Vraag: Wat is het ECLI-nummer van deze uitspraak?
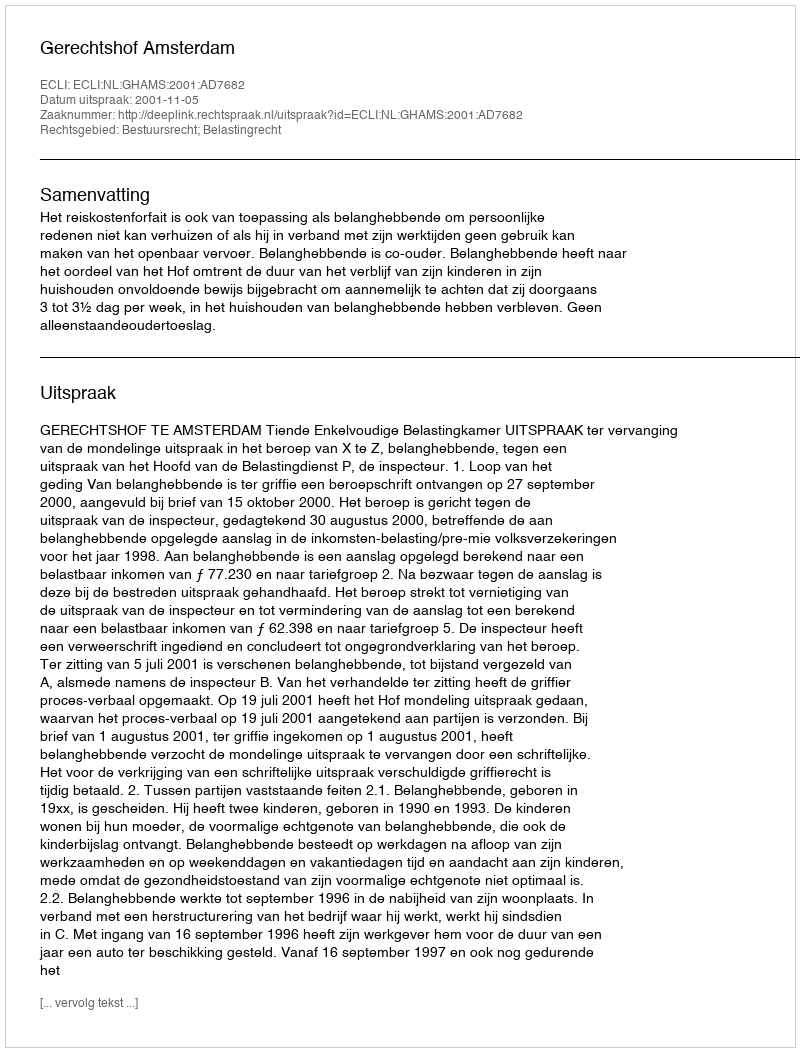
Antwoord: ECLI:NL:GHAMS:2001:AD7682